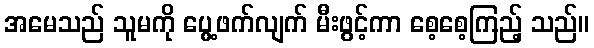
အမေသည် သူမကို ပွေ့ဖက်လျက် မီးဖွင့်ကာ စေ့စေ့ကြည့် သည်။